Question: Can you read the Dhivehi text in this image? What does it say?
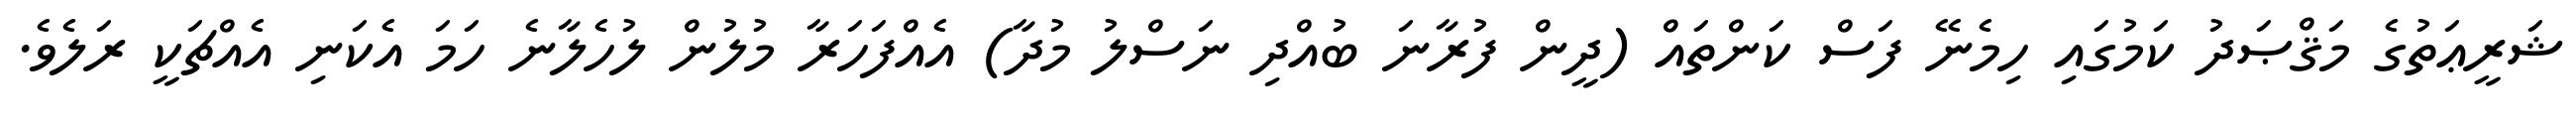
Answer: ޝަރީޢަތުގެ މަޤްޞަދު ކަމުގައި ހިމެނޭ ފަސް ކަންތައް (ދީން ފުރާނަ ބުއްދި ނަސްލު މުދާ) އެއްފަހަރާ މުލުން ލުހެލާނެ ހަމަ އެކަނި އެއްޗަކީ ރަލެވެ.